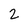
Character: 2